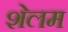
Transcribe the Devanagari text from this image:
शेलम